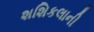
શશિકલાની